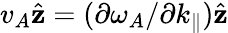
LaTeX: v_{A}\hat{\mathbf{z}}=(\partial\omega_{A}/\partial k_{\parallel})\hat{\mathbf{z}}